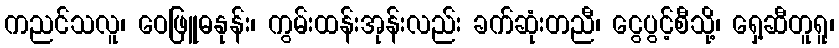
ကညင်သလူ၊ ဝေဖြူဓနုန်း၊ ကွမ်းထန်းအုန်းလည်း ခက်ဆုံးတညီ၊ ငွေပွင့်စီသို့၊ ရှေ့ဆီတူရူ၊